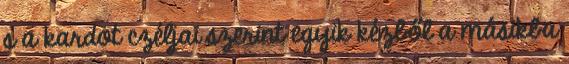
s a kardot czéljai szerint egyik kézből a másikba